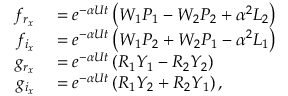
\begin{array} { r l } { f _ { r _ { x } } } & { { } = e ^ { - \alpha U t } \left( W _ { 1 } P _ { 1 } - W _ { 2 } P _ { 2 } + \alpha ^ { 2 } L _ { 2 } \right) } \\ { f _ { i _ { x } } } & { { } = e ^ { - \alpha U t } \left( W _ { 1 } P _ { 2 } + W _ { 2 } P _ { 1 } - \alpha ^ { 2 } L _ { 1 } \right) } \\ { g _ { r _ { x } } } & { { } = e ^ { - \alpha U t } \left( R _ { 1 } Y _ { 1 } - R _ { 2 } Y _ { 2 } \right) } \\ { g _ { i _ { x } } } & { { } = e ^ { - \alpha U t } \left( R _ { 1 } Y _ { 2 } + R _ { 2 } Y _ { 1 } \right) , } \end{array}